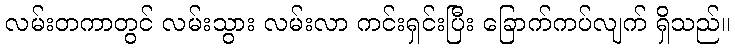
လမ်းတကာတွင် လမ်းသွား လမ်းလာ ကင်းရှင်းပြီး ခြောက်ကပ်လျက် ရှိသည်။